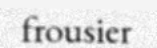
frousier